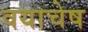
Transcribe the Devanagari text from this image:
वयाचेष